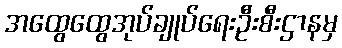
အထွေထွေအုပ်ချုပ်ရေးဦးစီးဌာနမှ